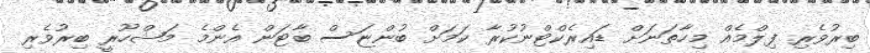
ބިރުވެރި ފިލްމެއް މިހާތަނަށް ޑައިރެކްޓްނުކުރާ ކަމަށް ބުންޏަސް ބާޓަން އެންމެ މަޝްހޫރީ ބިރުވެރި